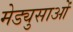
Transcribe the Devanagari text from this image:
मेड्युसाओं